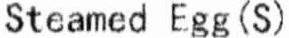
STEAMED EGG (S)